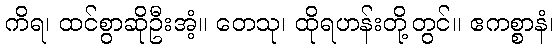
ကိရ၊ ထင်စွာဆိုဦးအံ့။ တေသု၊ ထိုရဟန်းတို့တွင်။ ဧကစ္စာနံ၊